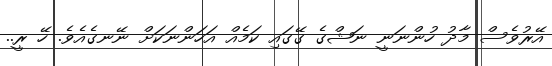
އޭރުވެސް މާދު ހުންނަނީ ނަޝްގެ ގޭގައި ކަމެއް އަހަންނަކަށް ނޭނގެއެވެ. ހޭ ރީ..